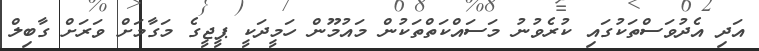
އަދި އެދުވަސްތަކުގައި ކުރެވުނު މަސައްކަތްތަކުން މައުމޫން ހަމީދަކީ ޕީޖީގެ މަގާމަށް ވަރަށް ގާބިލް